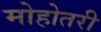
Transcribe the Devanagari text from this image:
मोहोतरी